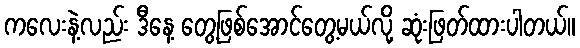
ကလေးနဲ့လည်း ဒီနေ့ တွေ့ဖြစ်အောင်တွေ့မယ်လို့ ဆုံးဖြတ်ထားပါတယ်။